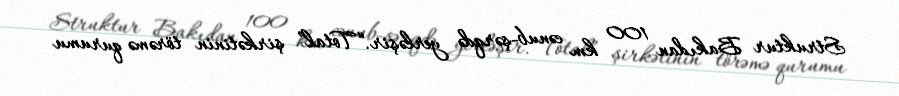
Struktur Bakıdan 100 km cənub-şərqdə yerləşir.“Total” şirkətinin törəmə qurumu